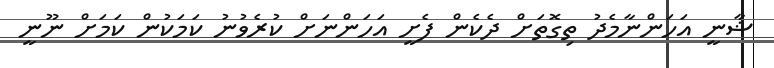
ޝާނީ އަހަންނާމެދު ތިގޮތަށް ދެކެން ފެށީ އަހަންނަށް ކުރެވުނު ކަމަކުން ކަމަށް ނޫނީ